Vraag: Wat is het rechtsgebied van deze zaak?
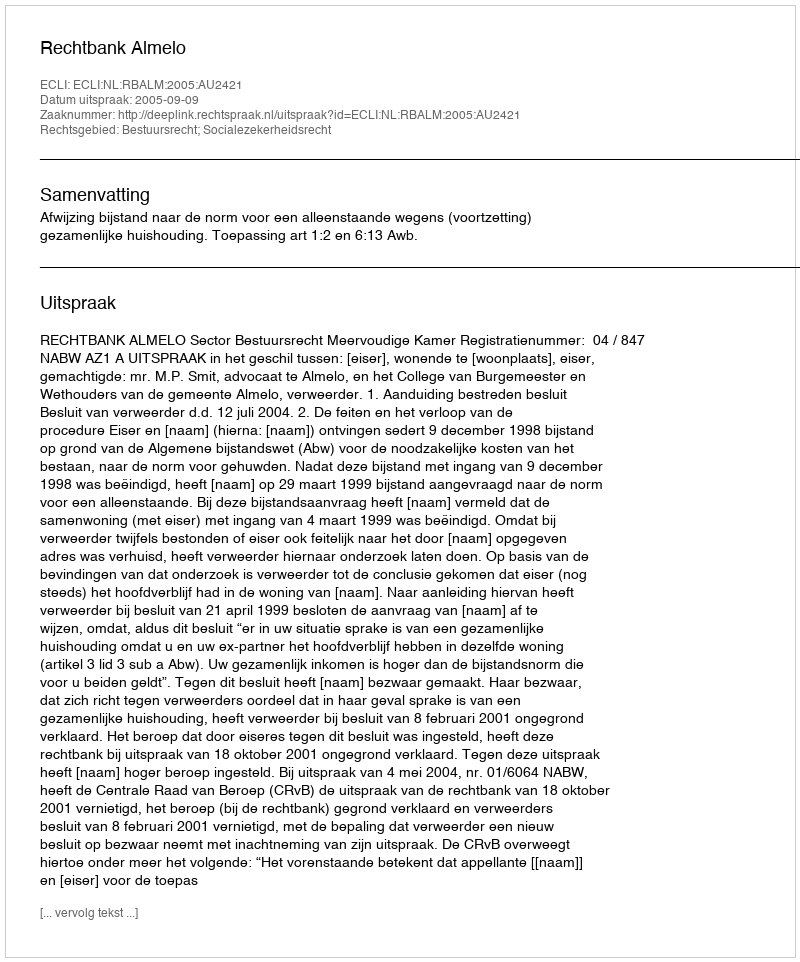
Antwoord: Bestuursrecht; Socialezekerheidsrecht